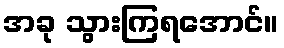
အခု သွားကြရအောင်။